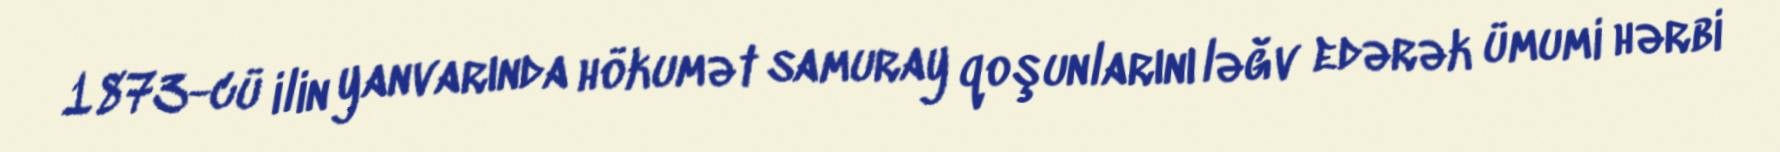
1873-cü ilin yanvarında hökumət samuray qoşunlarını ləğv edərək ümumi hərbi